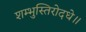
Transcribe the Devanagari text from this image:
शम्भुस्तिरोदधे॥